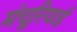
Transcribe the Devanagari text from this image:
मंचूरियाई